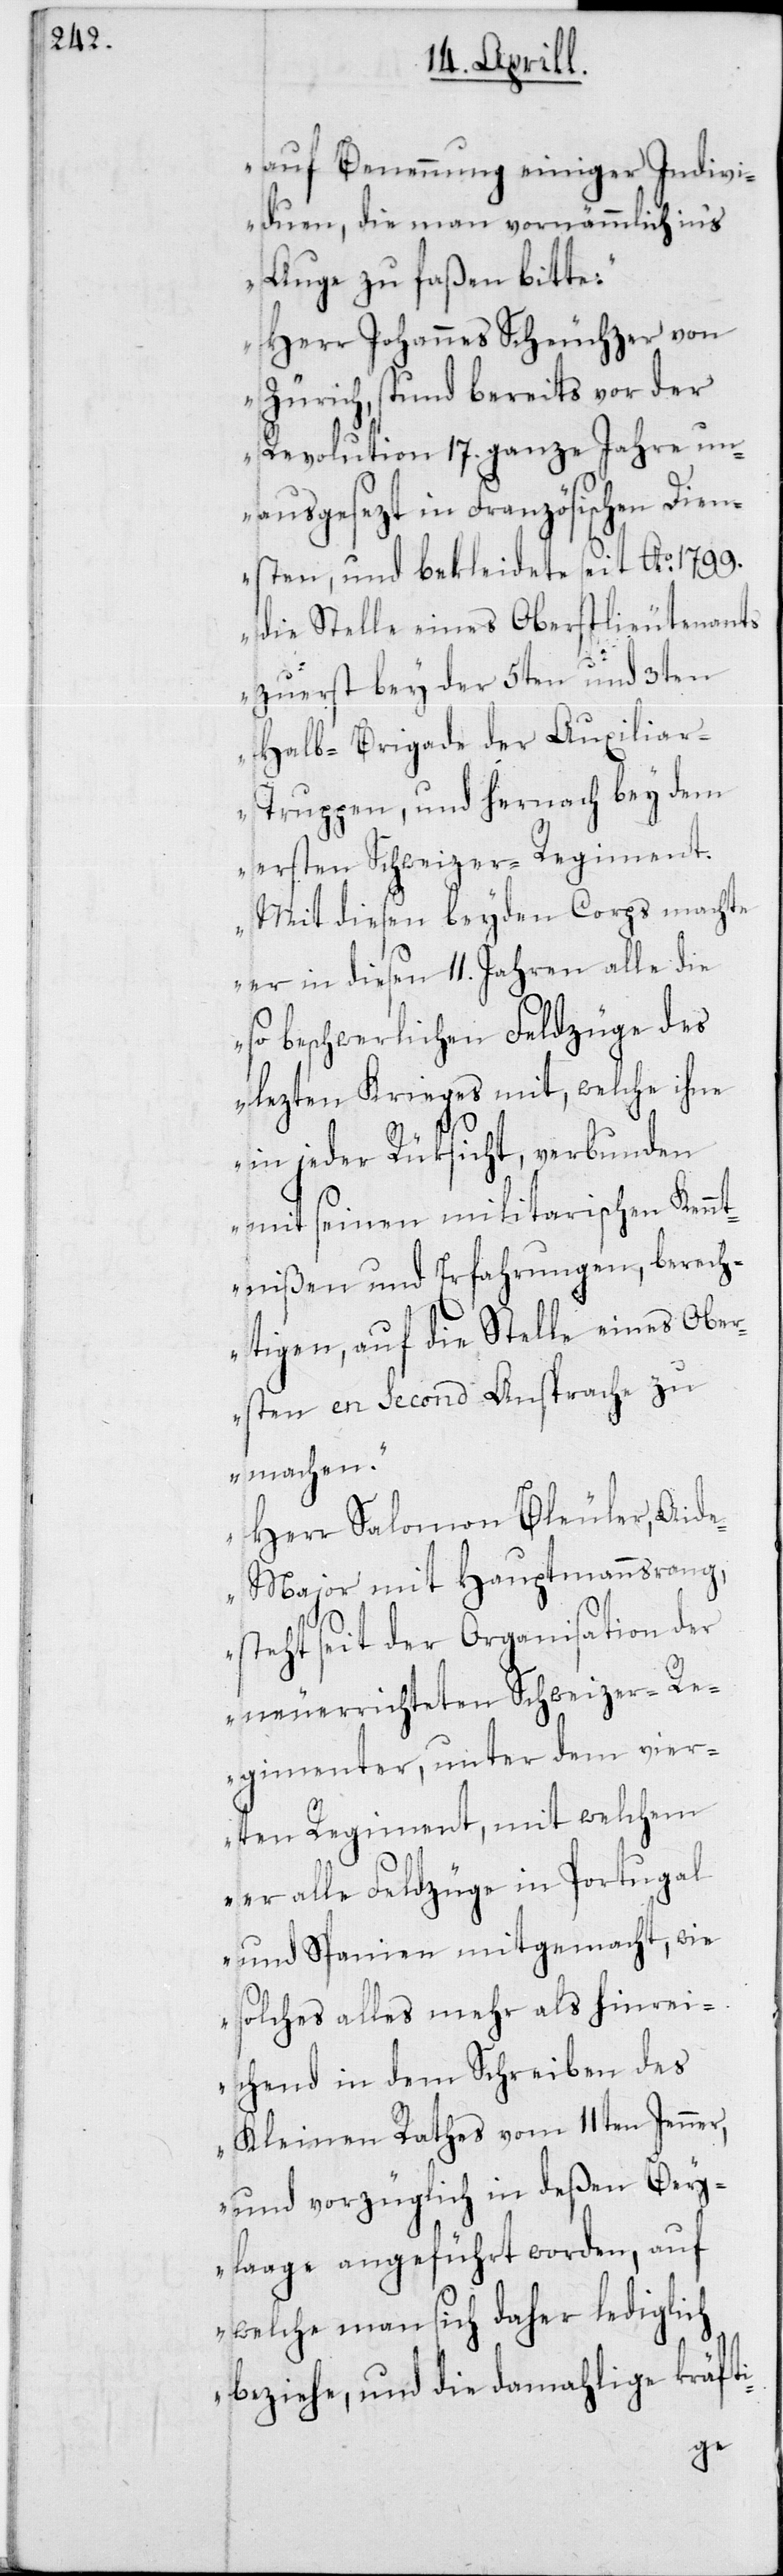
auf Benennung einiger Indivi¬
duen, die man vornämmlich in’s
Auge zu faßen bitte.
Herr Johannes Scheuchzer von
Zürich, stund bereits vor der
Revolution 17. ganze Jahre un¬
ausgesezt in Französischen Dien¬
sten, und bekleidete seit Ao 1799.
die Stelle eines Oberstlieutenants
zuerst bey der 5ten und 3ten
Halb-Brigade der Auxilia¬
r-Truppen, und hernach bey dem
ersten Schweizer-Regiment.
Mit diesen beyden Corps machte
er in diesen 11. Jahren alle die
so beschwerlichen Feldzüge des
lezten Krieges mit, welche ihne
in jeder Rüksicht, verbunden
mit seinen militarischen Kennt¬
nißen und Erfahrungen berech¬
tigen, auf die Stelle eines Ober¬
sten en Second Ansprache zu
machen.
Herr Salomon Bleuler, Aid¬
e-Major mit Hauptmannsrang,
steht seit der Organisation der
neuerrichteten Schweizer-Re¬
gimenter, unter dem vier¬
ten Regiment, mit welchem
er alle Feldzüge in Portugal
und Spanien mitgemacht, wie
solches alles mehr als hinrei¬
chend in dem Schreiben des
Kleinen Rathes vom 11ten Jenner,
und vorzüglich in deßen Bey¬
laage angeführt worden, auf
welche man sich daher lediglich
beziehe, und die damahlige kräfti-